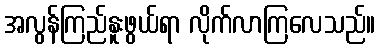
အလွန်ကြည်နူးဖွယ်ရာ လိုက်လာကြလေသည်။